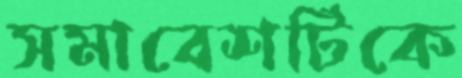
সমাবেশটিকে